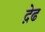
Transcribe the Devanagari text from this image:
द़ेढ